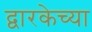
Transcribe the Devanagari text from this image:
द्वारकेच्या